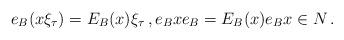
LaTeX: \begin{align*}e_B(x\xi_\tau)=E_B(x)\xi_\tau\, ,e_B xe_B =E_B (x)e_Bx\in N\, .\end{align*}